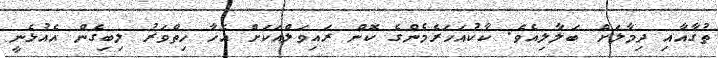
ތުގާއާއި ދިމާލަށް ބަލާލިއެވެ. ކާކުއަހަރެމެންގެ ކޮން ރައިވަލްއަކަށް އެހާ ހިތްވަރު ލިބިގެން އެއުޅެނީ